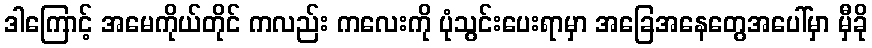
ဒါကြောင့် အမေကိုယ်တိုင် ကလည်း ကလေးကို ပုံသွင်းပေးရာမှာ အခြေအနေတွေအပေါ်မှာ မှီခို